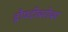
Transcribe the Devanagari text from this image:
द्रौपदीबरोबर